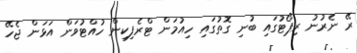
ރޭ ނެރުނު ރިޕޯޓުގައި ބުނި ގޮތުގައި ހިއުމަން ޓްރެފިކިން ހުއްޓުވަން އަޅަން ޖެހޭ